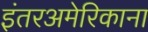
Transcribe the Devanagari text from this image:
इंतरअमेरिकाना